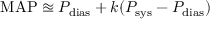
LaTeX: \! { \mathrm { M A P } } \approxeq P _ { \mathrm { d i a s } } + k ( P _ { \mathrm { s y s } } - P _ { \mathrm { d i a s } } )